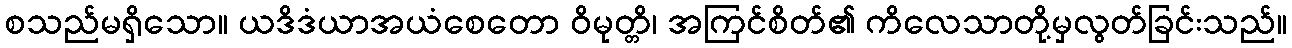
စသည်မရှိသော။ ယဒိဒံယာအယံစေတော ဝိမုတ္တိ၊ အကြင်စိတ်၏ ကိလေသာတို့မှလွတ်ခြင်းသည်။